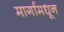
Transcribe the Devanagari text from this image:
मार्गामधून